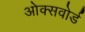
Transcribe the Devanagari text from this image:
ओक्सवोर्ड